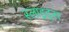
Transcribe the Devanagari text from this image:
स्‍लाइड्स